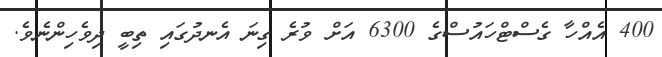
400 އެއްހާ ގެސްޓްހައުސްގެ 6300 އަށް ވުރެ ގިނަ އެނދުގައި ތިބީ ދިވެހިންނެވެ.